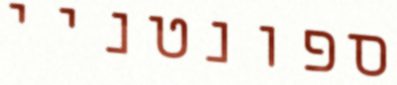
ספונטניי